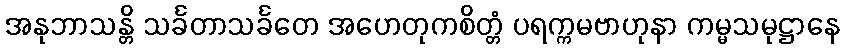
အနုဘာသန္တိ သင်္ခတာသင်္ခတေ အဟေတုကစိတ္တံ ပရက္ကမဗာဟုနာ ကမ္မသမုဋ္ဌာနေ